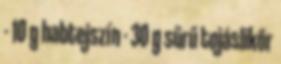
- 10 g habtejszín - 30 g sűrű tojáslikőr